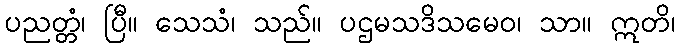
ပညတ္တံ၊ ပြီ။ သေသံ၊ သည်။ ပဌမသဒိသမေဝ၊ သာ။ ဣတိ၊